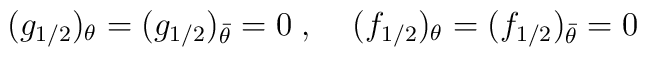
(g_{1/2})_{\theta} = (g_{1/2})_{\bar{\theta}} = 0\;,\;\;\;\;(f_{1/2})_{\theta} = (f_{1/2})_{\bar{\theta}} = 0